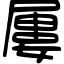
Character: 屢